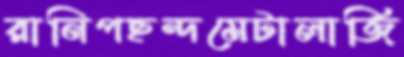
রানিপছন্দমেটালার্জি